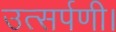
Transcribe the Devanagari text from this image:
उत्सर्पणी।